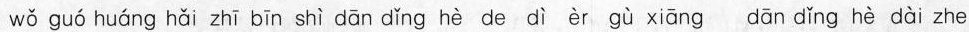
wǒ guó huáng hǎi zhī bīn shì dān dǐng hè de dì èr gù xiāng dān dǐng hè dài zhe